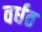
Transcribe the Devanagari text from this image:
वर्धत